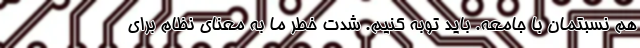
هم نسبتمان با جامعه. باید توبه کنیم. شدت خطر ما به معنای نظام برای